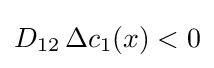
D_{12}\,\Delta c_{1}(x)<0